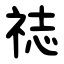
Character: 䄊